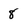
Character: 8